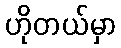
ဟိုတယ်မှာ